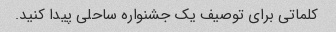
کلماتی برای توصیف یک جشنواره ساحلی پیدا کنید.